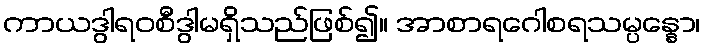
ကာယဒွါရဝစီဒွါမရှိသည်ဖြစ်၍။ အာစာရဂေါစရသမ္ပန္နော၊